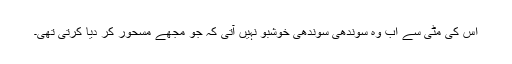
اس کی مٹی سے اب وہ سوندھی سوندھی خوشبو نہیں آتی کہ جو مجھے مسحور کر دیا کرتی تھی۔